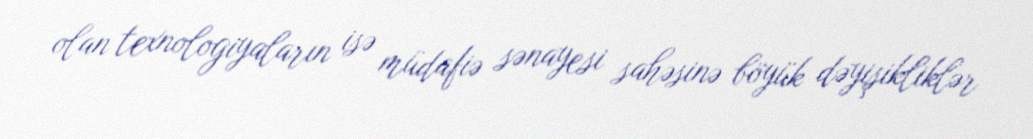
olan texnologiyaların isə müdafiə sənayesi sahəsinə böyük dəyişikliklər